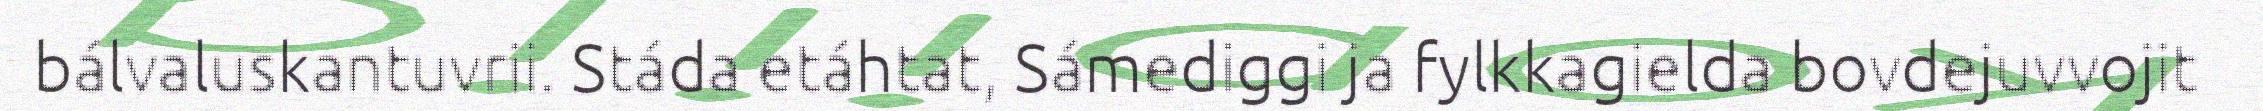
bálvaluskantuvrii. Stáda etáhtat, Sámediggi ja fylkkagielda bovdejuvvojit